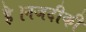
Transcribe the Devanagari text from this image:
है।नजदीकी